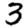
Digit: 3